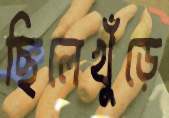
ছিলেখুঁড়ে